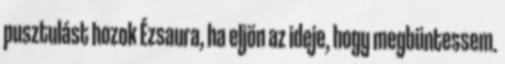
pusztulást hozok Ézsaura, ha eljön az ideje, hogy megbüntessem.